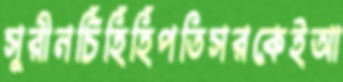
সুরীনচিঁঁহিঁহিঁপতিসরকেইআ